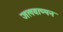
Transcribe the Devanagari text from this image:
जलवाष्पन